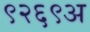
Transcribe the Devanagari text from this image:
९२६९अ